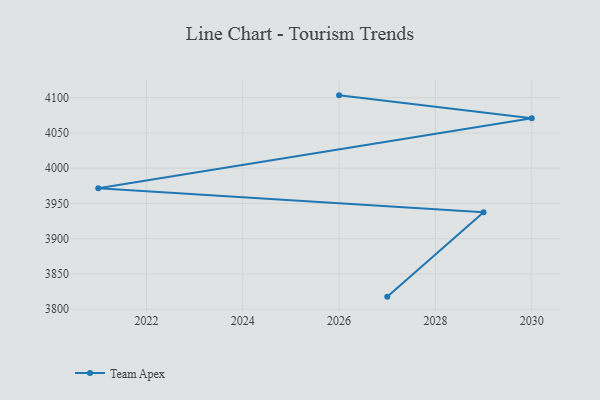
{"axis": {"x": "Year", "y": "Latency (ms)"}, "legend": ["Team Apex"], "data": [{"x": "2027", "y": 3817.8, "type": "Team Apex"}, {"x": "2029", "y": 3937.5, "type": "Team Apex"}, {"x": "2021", "y": 3971.7, "type": "Team Apex"}, {"x": "2030", "y": 4070.8, "type": "Team Apex"}, {"x": "2026", "y": 4103.3, "type": "Team Apex"}]}